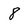
Character: 8